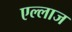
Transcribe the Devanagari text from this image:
एल्लाज